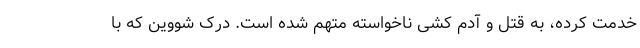
خدمت کرده، به قتل و آدم کشی ناخواسته متهم شده است. درک شووین که با